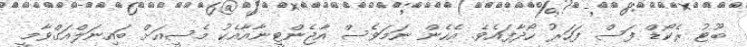
ބޫޓު ރެކޯޑް ފަސް ފަހަރު ހޯދާފައެވެ. އެހެން ނަމަވެސް އާޖެންޓީނާއާއެކު މެސީއަށް ބައިނަލްއަގްވާމީ